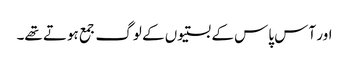
اور آس پاس کے بستیوں کے لوگ جمع ہوتے تھے۔